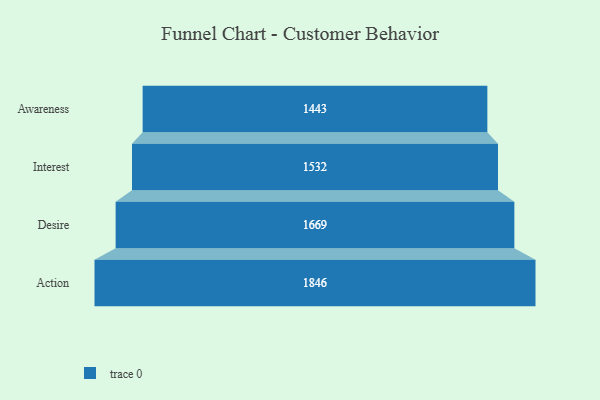
{"axis": {"x": "Stage", "y": "Value"}, "legend": [""], "data": [{"x": "Awareness", "y": 1443.0, "type": ""}, {"x": "Interest", "y": 1532.0, "type": ""}, {"x": "Desire", "y": 1669.0, "type": ""}, {"x": "Action", "y": 1846.0, "type": ""}]}